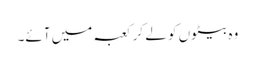
وہ بیٹوں کو لے کر کعبہ میں آئے۔